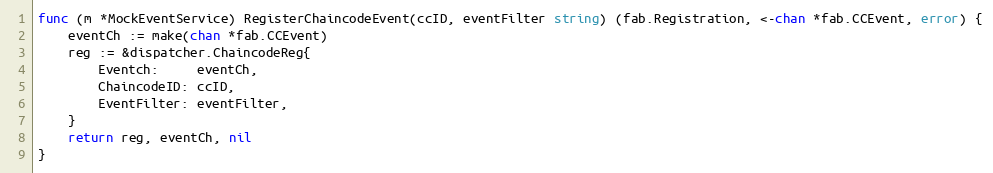
Language: Go
func (m *MockEventService) RegisterChaincodeEvent(ccID, eventFilter string) (fab.Registration, <-chan *fab.CCEvent, error) {
	eventCh := make(chan *fab.CCEvent)
	reg := &dispatcher.ChaincodeReg{
		Eventch:     eventCh,
		ChaincodeID: ccID,
		EventFilter: eventFilter,
	}
	return reg, eventCh, nil
}